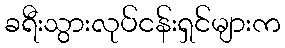
ခရီးသွားလုပ်ငန်းရှင်များက